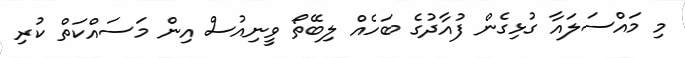
މި މައްސަލައާ ގުޅިގެން ފުއާދުގެ ބަހެއް ލިބޭތޯ ވީނިއުސް އިން މަސައްކަތް ކުރި